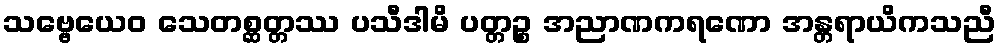
သဗ္ဗေယေဝ သေတစ္ဆတ္တဿ ပသီဒါမိ ပတ္တဉ္စ အညာဏကရဏော အန္တရာယိကသညီ